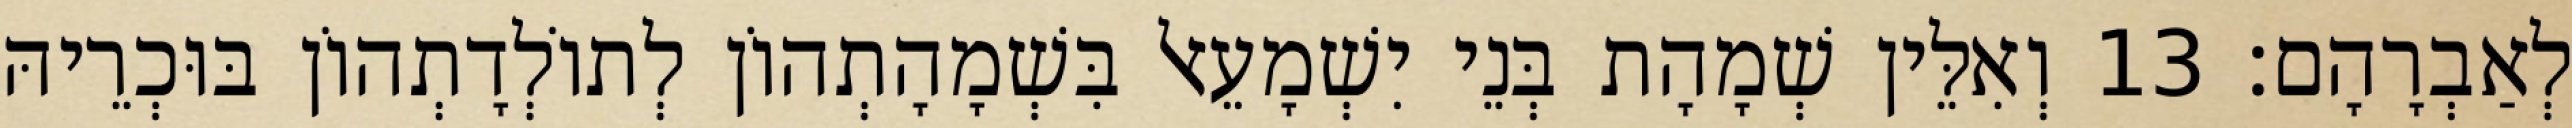
לְאַבְרָהָם׃ 13 וְאִלֵּין שְׁמָהָת בְּנֵי יִשְׁמָעֵאל בִּשְׁמָהָתְהוֹן לְתוֹלְדָתְהוֹן בּוּכְרֵיהּ